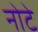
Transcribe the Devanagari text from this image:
नोटे